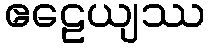
ဧဠေယျဿ